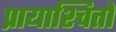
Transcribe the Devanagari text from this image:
प्रायाश्चितों